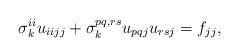
LaTeX: \begin{align*}\sigma_k^{ii}u_{iijj}+\sigma_k^{pq,rs}u_{pqj}u_{rsj} =f_{jj},\end{align*}